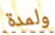
ولمدة